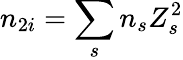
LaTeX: n_{2i}=\sum_{s}n_{s}Z_{s}^{2}